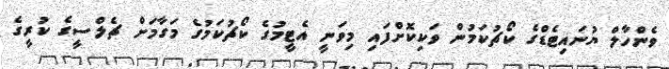
ވެންހާލް ޔުނައިޓެޑްގެ ކޯޗުކަމުން ވަކިކޮށްފައި މިވަނީ އެޓީމުގެ ކޯޗުކަމުގެ މަގާމަށް ޗެލްސީގެ ކުރީގެ